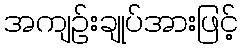
အကျဉ်းချုပ်အားဖြင့်